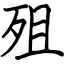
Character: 殂